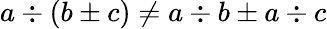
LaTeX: a\div(b\pm c)\neq a\div b\pm a\div c